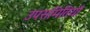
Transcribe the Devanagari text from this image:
उपसमितियाँ